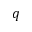
q